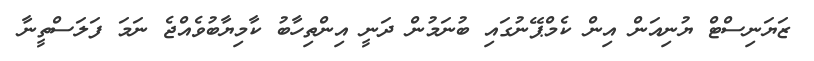
ޒަޔަނިސްޓް ޔުނިއަން އިން ކެމްޕޭނުގައި ބުނަމުން ދަނީ އިންތިހާބު ކާމިޔާބުވެއްޖެ ނަމަ ފަލަސްތީނާ